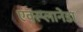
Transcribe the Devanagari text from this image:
एक्स्प्लानेडा